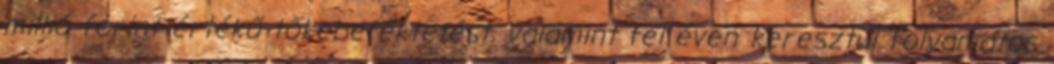
millió forint értékű tőkebefektetést, valamint fél éven keresztül folyamatos